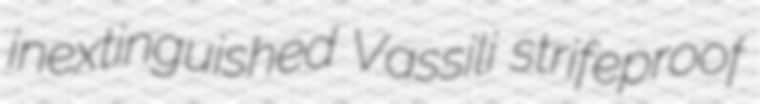
inextinguished Vassili strifeproof